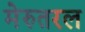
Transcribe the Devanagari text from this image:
मेरुतरल